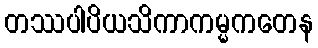
တဿပါပိယသိကာကမ္မကတေန